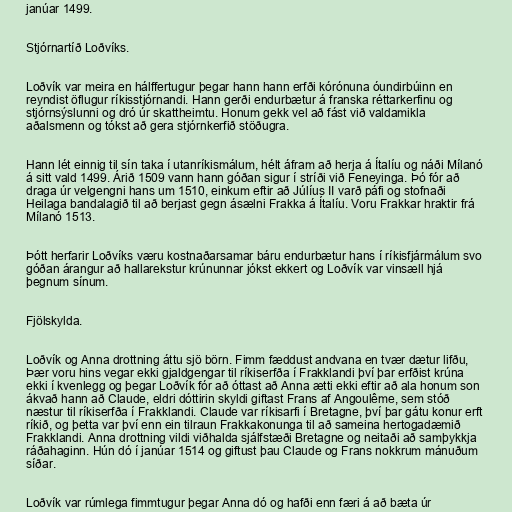
janúar 1499.

Stjórnartíð Loðvíks.

Loðvík var meira en hálffertugur þegar hann hann erfði kórónuna óundirbúinn en
reyndist öflugur ríkisstjórnandi. Hann gerði endurbætur á franska réttarkerfinu og
stjórnsýslunni og dró úr skattheimtu. Honum gekk vel að fást við valdamikla
aðalsmenn og tókst að gera stjórnkerfið stöðugra.

Hann lét einnig til sín taka í utanríkismálum, hélt áfram að herja á Ítalíu og náði Mílanó
á sitt vald 1499. Árið 1509 vann hann góðan sigur í stríði við Feneyinga. Þó fór að
draga úr velgengni hans um 1510, einkum eftir að Júlíus II varð páfi og stofnaði
Heilaga bandalagið til að berjast gegn ásælni Frakka á Ítalíu. Voru Frakkar hraktir frá
Mílanó 1513.

Þótt herfarir Loðvíks væru kostnaðarsamar báru endurbætur hans í ríkisfjármálum svo
góðan árangur að hallarekstur krúnunnar jókst ekkert og Loðvík var vinsæll hjá
þegnum sínum.

Fjölskylda.

Loðvík og Anna drottning áttu sjö börn. Fimm fæddust andvana en tvær dætur lifðu,
Þær voru hins vegar ekki gjaldgengar til ríkiserfða í Frakklandi því þar erfðist krúna
ekki í kvenlegg og þegar Loðvík fór að óttast að Anna ætti ekki eftir að ala honum son
ákvað hann að Claude, eldri dóttirin skyldi giftast Frans af Angoulême, sem stóð
næstur til ríkiserfða í Frakklandi. Claude var ríkisarfi í Bretagne, því þar gátu konur erft
ríkið, og þetta var því enn ein tilraun Frakkakonunga til að sameina hertogadæmið
Frakklandi. Anna drottning vildi viðhalda sjálfstæði Bretagne og neitaði að samþykkja
ráðahaginn. Hún dó í janúar 1514 og giftust þau Claude og Frans nokkrum mánuðum
síðar.

Loðvík var rúmlega fimmtugur þegar Anna dó og hafði enn færi á að bæta úr